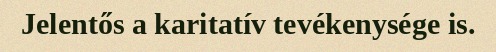
Jelentős a karitatív tevékenysége is.